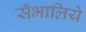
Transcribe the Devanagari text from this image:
सँभालिये